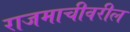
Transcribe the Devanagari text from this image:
राजमाचीवरील